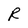
Character: R